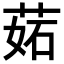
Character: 𦲼